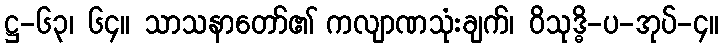
ဋ္ဌ-၆၃၊ ၆၄။ သာသနာတော်၏ ကလျာဏသုံးချက်၊ ဝိသုဒ္ဓိ-ပ-အုပ်-၄။